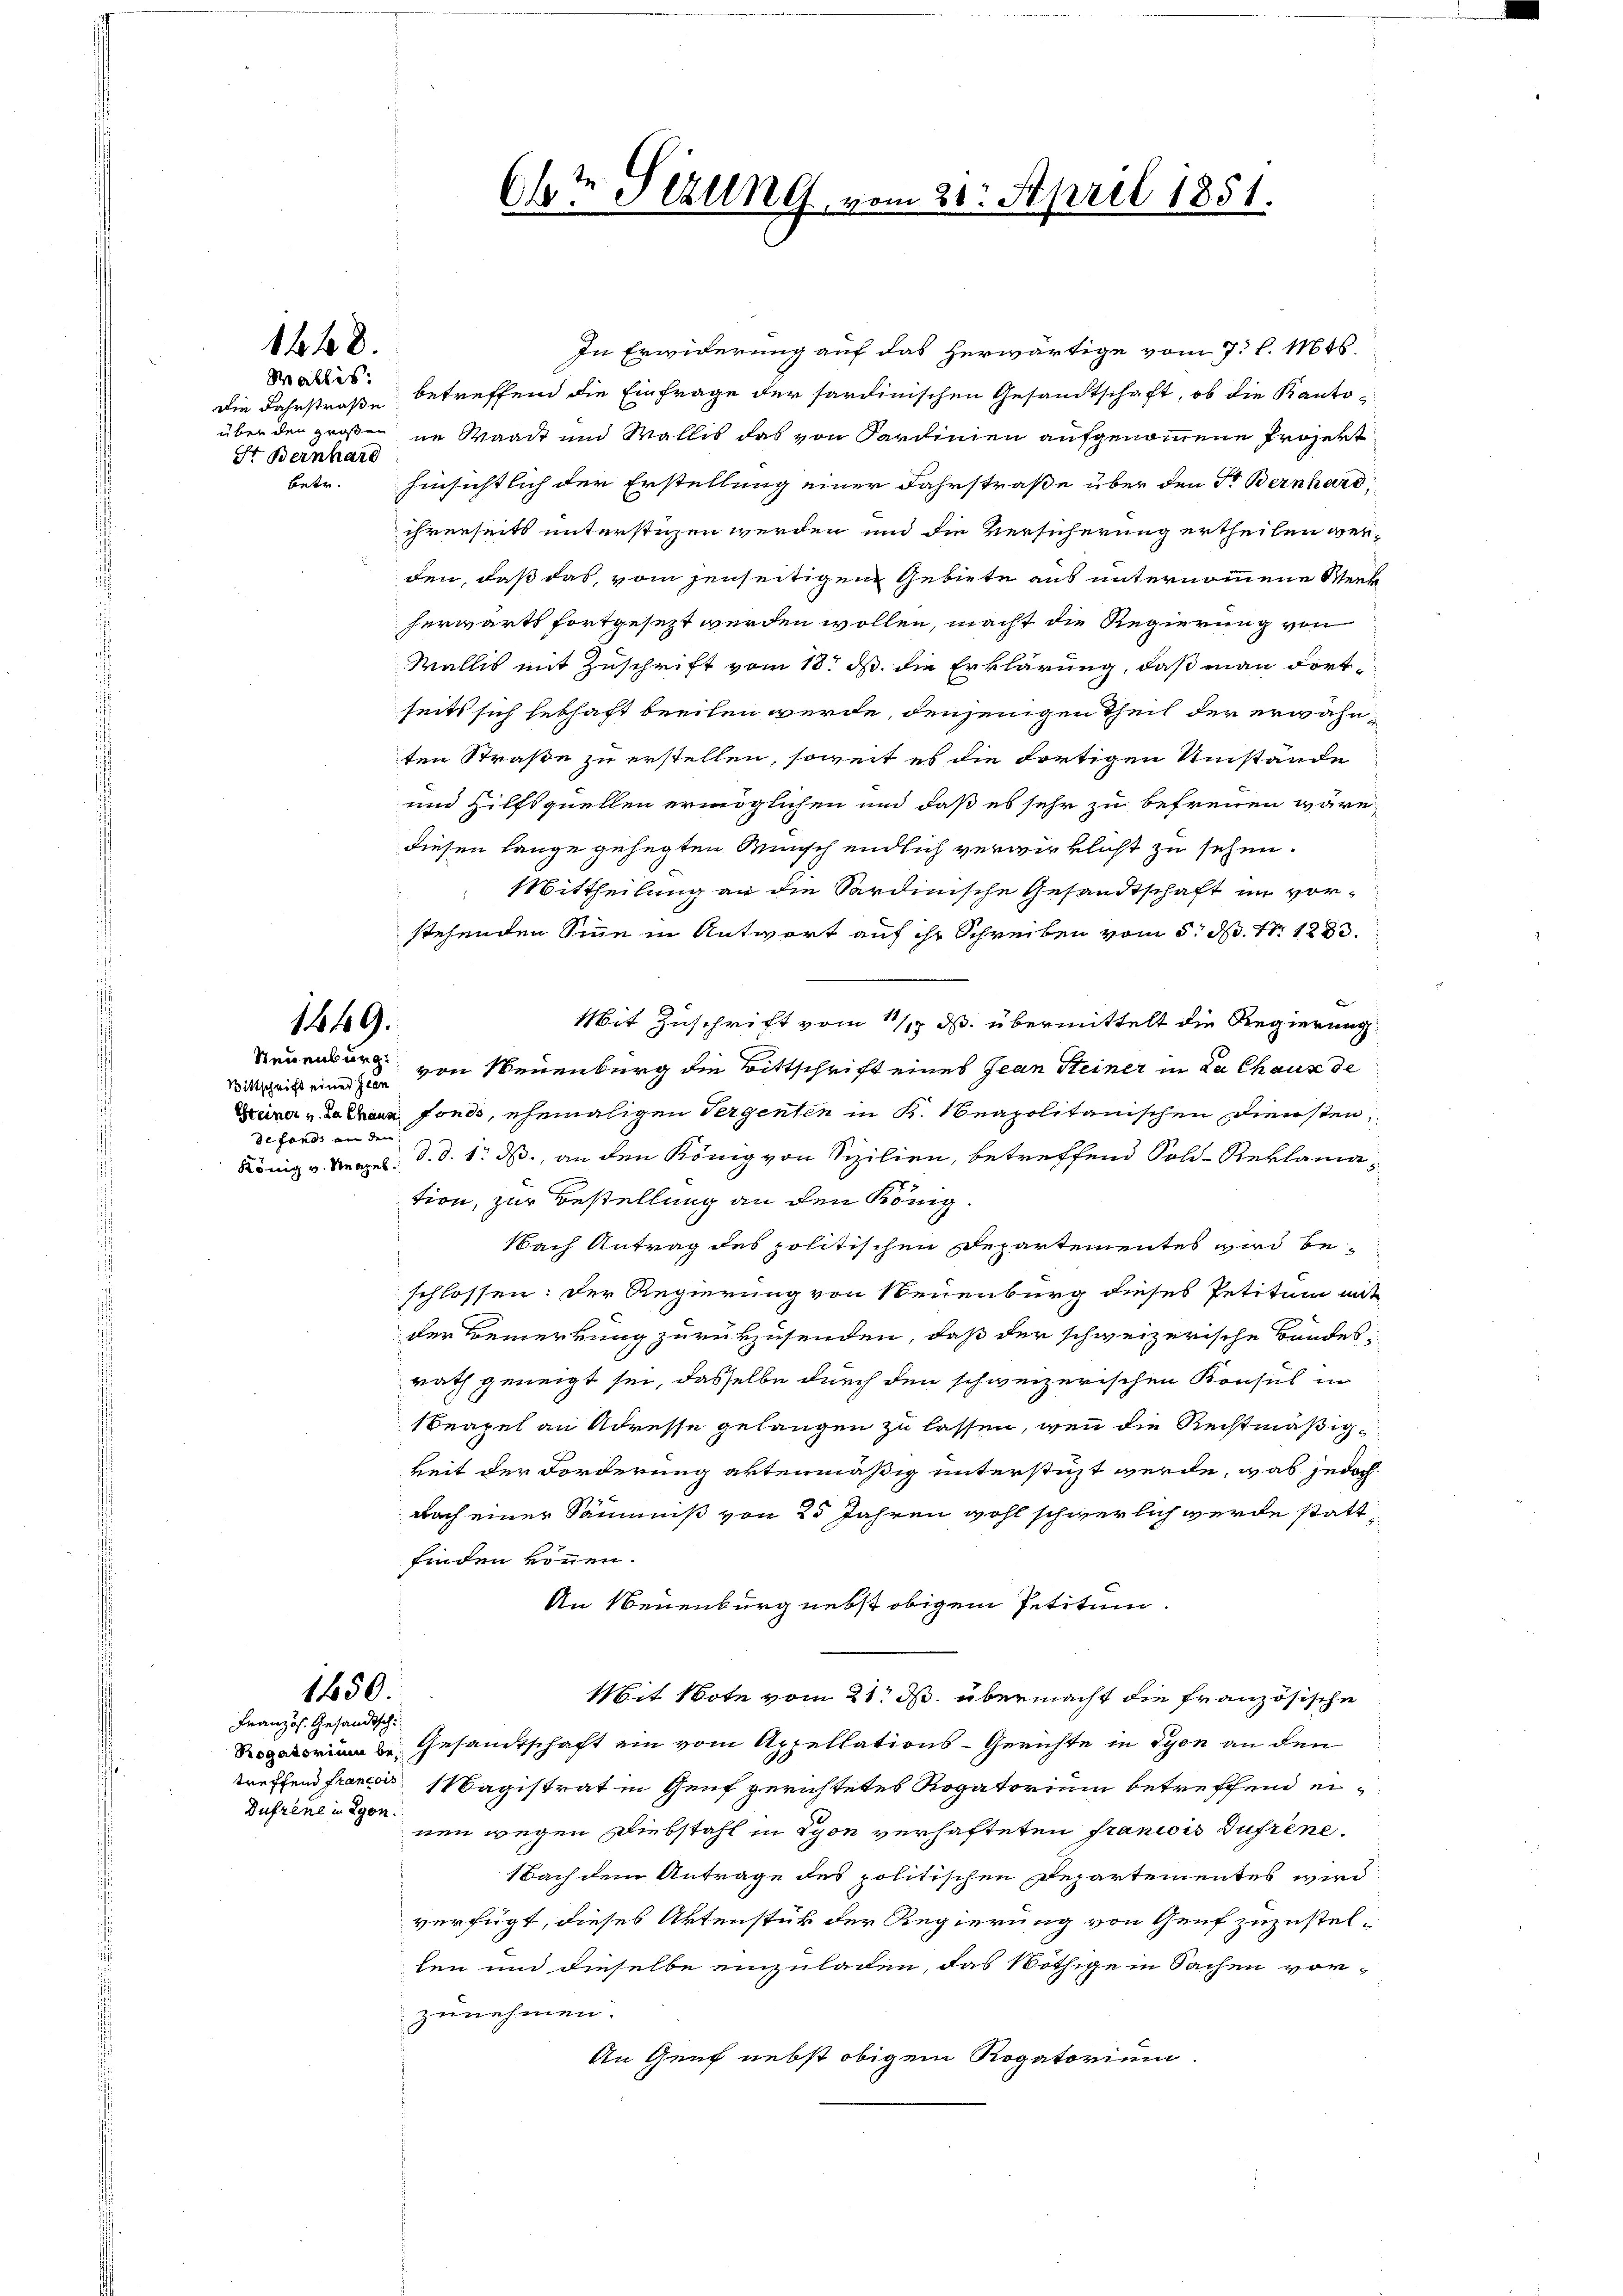
Die Fahrstraße
Sr Bernhard

Bittschrift einer Jean
defonds an den

1448.

1449.

In Erwiderung auf das herwärtige vom 7. d. 146.
Wallis, betreffend die Einfrage der sardinischen Gesandtschaft, ob die Kantoüber den großen in Waadt und Wallis das von Sardinien aufgenommene Projekt
betr. Hinsichtlich der Erstellung einer Fahrstraße über den Fr. Bernhard,
ihrerseits unterstüzen werden und die Versicherung ertheilen werden, daß das, vom jenseitigen Gebiete aus unternommene Werk
herwärts fortgesezt werden wollen, macht die Regierung von
Wallis mit Zuschrift vom 18. ds. die Erklärung, daß man dortseits sich lebhaft beeilen werde, denjenigen Theil der erwähnten Straße zu erstellen, soweit es die dortigen Umstände
und Hilfsquellen ermöglichen und daß es sehr zu befreuen wäre,
diesen lange gehegten Wunsch endlich verwirklicht zu sehen.
: Mittheilung an die Sardinische Gesandtschaft im vorstehenden Sinne in Antwort auf ihr Schreiben vom 5. N. N. 1283.
Mit Zuschrift vom 11. ds. übermittelt die Regierung
Neuenburg von Neuenburg die Bittschrift eines Jean Steiner in La Chaux de
Grazer u. da chann fonds, ehemaligen Vergenten in K. Neapolitanischen Diensten,
König v. Strael: d. d. 1. ds., an den König von Sizilien, betreffend Sold-Reklamation, zur Bestellung an den König.
Nach Antrag des politischen Departementes wird beschlossen: Der Regierung von Neuenburg dieses Petitum mit
der Bemerkung zurükzusenden, daß der schweizerische Bandesrath geneigt sei, dasselbe durch den schweizerischen Konsul in
Beapel an Adresse gelangen zu lassen, wenn die Rechtmäßigkeit der Forderung abtenmäßig unterstüzt werde, was jedoch
nach einer Säumniß von 25 Jahren wohl schwerlich werde stattfinden können.
An Neuenburg nebst obigem Petitum
1450.
Mit Note vom 21. M. übermacht die französische
Rogatorium 2. Gesamtschaft ein vom Appellations-Gerichte in Lyon an den
treffend francess Magistrat in Genf gerichtetes Rogatorium betreffend einen wegen Diebstahl in Lyon verhafteten Francois Dufréne.
Nach dem Antrage des politischen Departementes wird:
verfügt, dieses Aktenstück der Regierung von Genf zuzustellen und dieselbe einzuladen, das Nöthige in Sachen vorzunehmen.
An Genf nebst obigem Rogatorium.

Französ. Gesandtsch

Dufrene in Lyon

6½ Sizung, vom 21. April 1851.